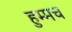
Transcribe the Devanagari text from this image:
हुम्मच